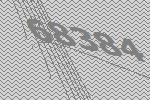
68384